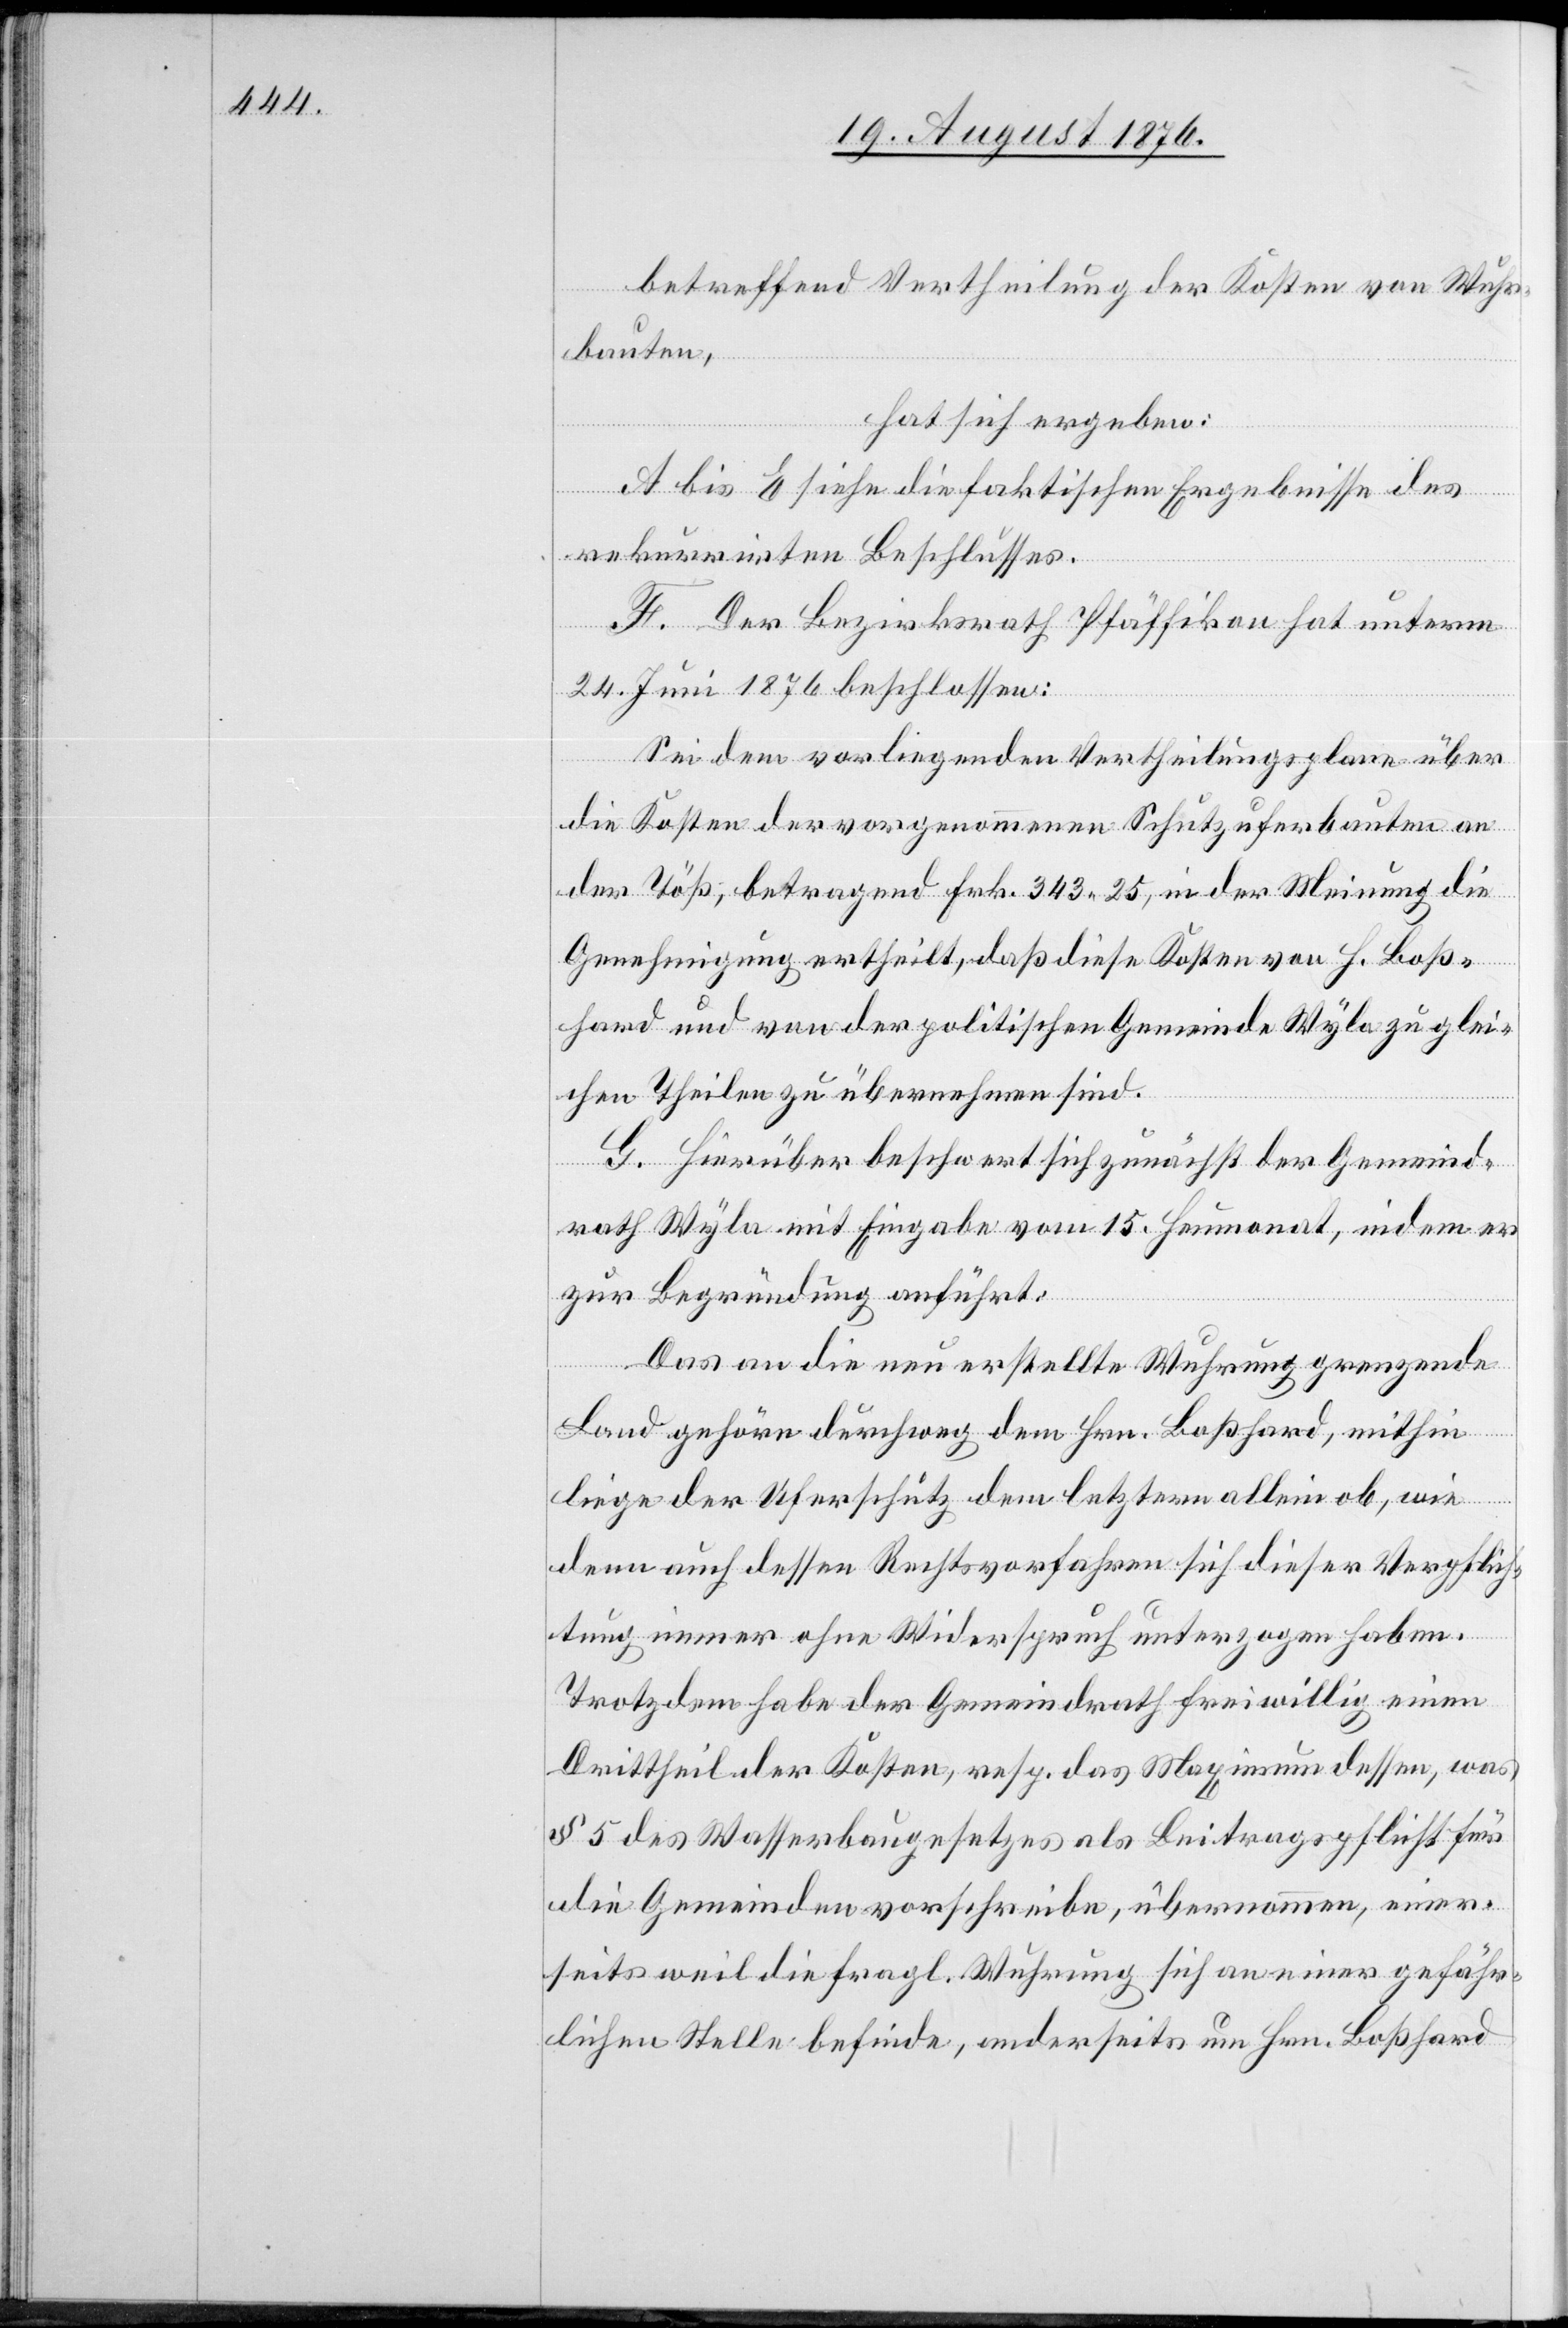
betreffend Vertheilung der Kosten von Wuhr¬
bauten,
hat sich ergeben:
A bis E siehe die faktischen Ergebnisse des
rekurrirten Beschlusses.
F. Der Bezirksrath Pfäffikon hat untern
24. Juni 1876 beschlossen:
Sei dem vorliegenden Vertheilungsplane über
die Kosten der vorgenommenen Schutzuferbauten an
der Töß, betragend Frk. 343 24, in der Meinung die
Genehmigung ertheilt, daß diese Kosten von H. Boß¬
hard und von der politischen Gemeinde Wyla zu glei¬
chen Theilen zu übermachen sind.
G. Hierüber beschwert sich zunächst der Gemeind¬
rath Wyla mit Eingabe vom 15. Heumonat, indem er
zur Begründung anführt:
Das an die neu erstellte Wuhrung grenzende
Land gehöre durchweg dem Hrn. Boßhard, mithin
liege der Uferschutz dem letztern allein ob, wie
dann auch dessen Rechtsvorfahren sich dieser Verpflich¬
tung immer ohne Widerspruch unterzogen haben.
Trotzdem habe der Gemeindrath freiwillig einen
Drittheil der Kosten, resp. des Maximum dessen, was
§ 5 des Wasserbaugesetzes als Beitragspflicht für
die Gemeinden vorschreibe, übernommen, einer¬
seits weil die fragl. Wuhrung sich an einer gefähr¬
lichen Stelle befinde, anderseits um Hrn. Boßhard